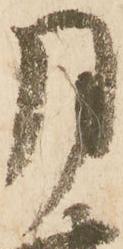
月